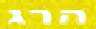
הרג